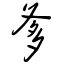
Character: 爹